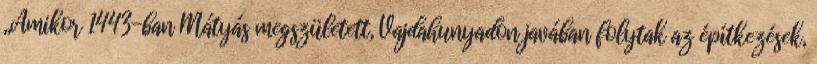
,,Amikor 1443-ban Mátyás megszületett, Vajdahunyadon javában folytak az építkezések,